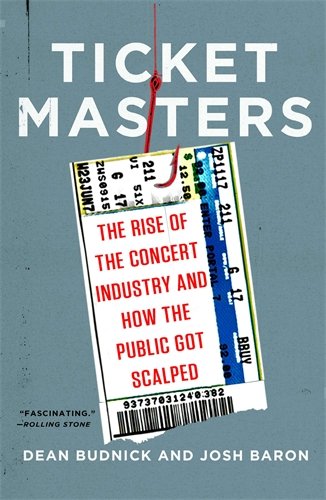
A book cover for Ticket Masters: The Rise of the Concert Industry and How the Public Got Scalped; Dean Budnick; Arts & Photography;